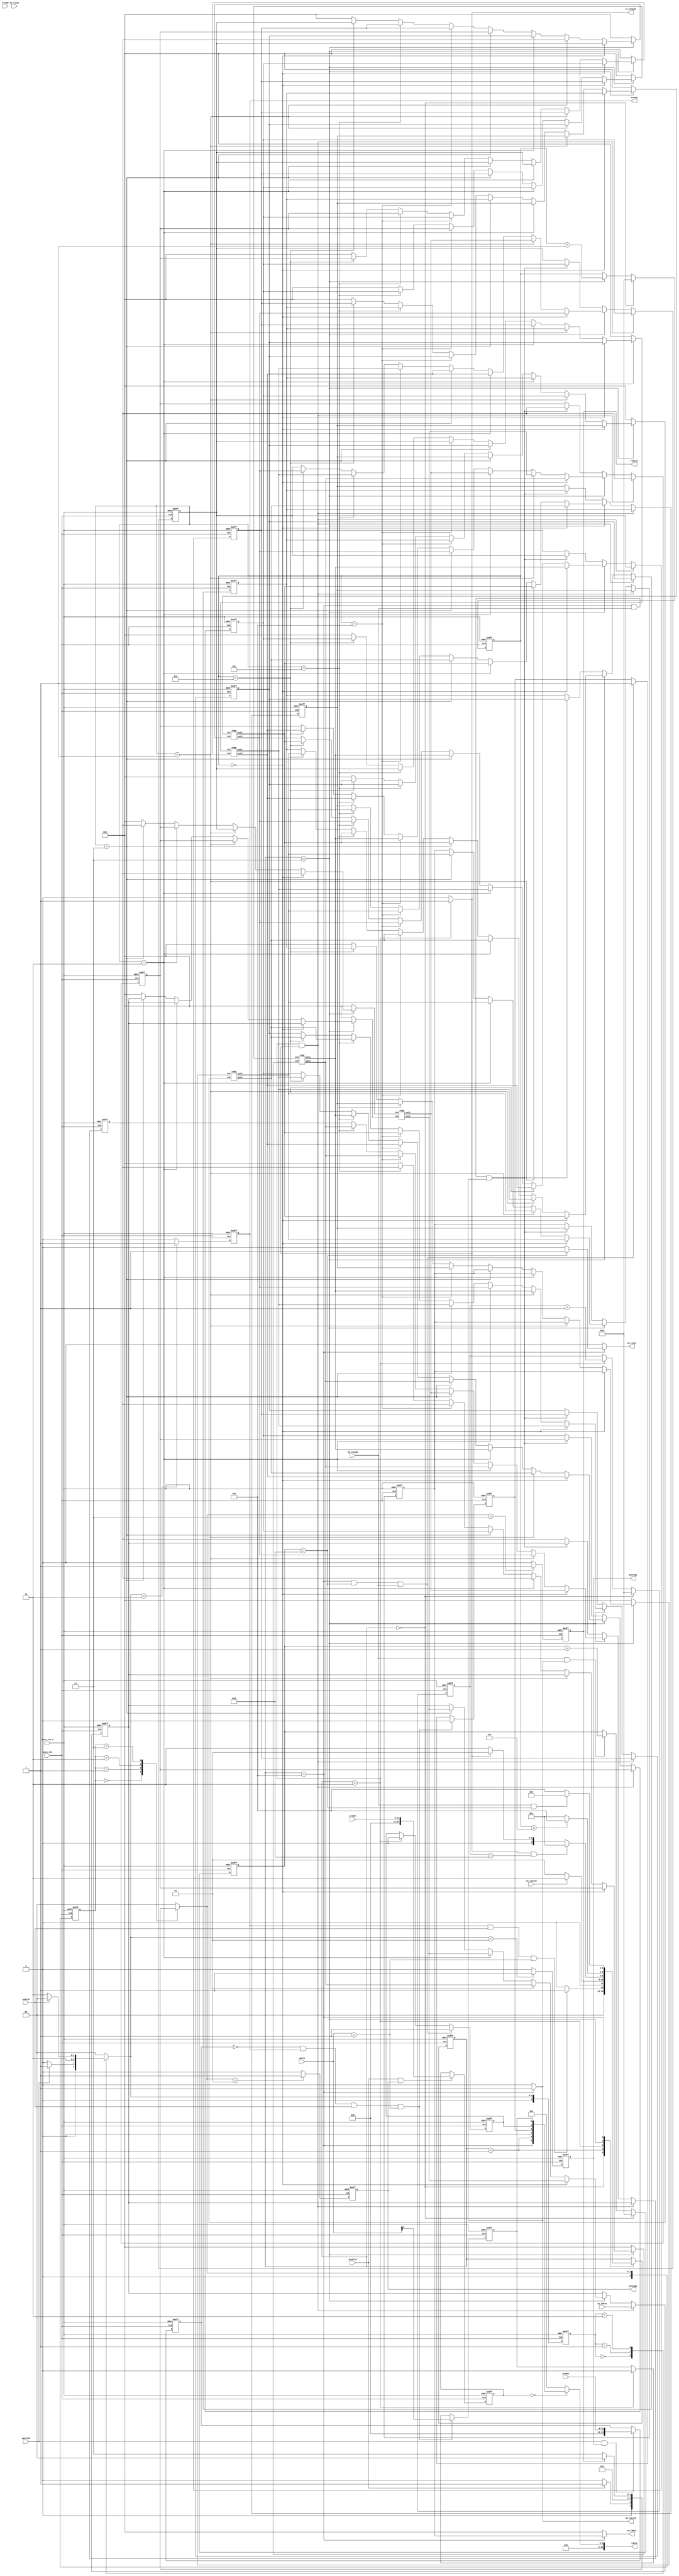
`timescale 1ns / 1ps
module qsort
#(  parameter pADDR_WIDTH = 12,
    parameter pDATA_WIDTH = 32
)
(
    // AXI-Lite
    // write
    output  reg                      awready,
    output  reg                      wready,
    input   wire                     awvalid,
    input   wire [(pADDR_WIDTH-1):0] awaddr,
    input   wire                     wvalid,
    input   wire [(pDATA_WIDTH-1):0] wdata,
    // read
    output  reg                      arready,
    input   wire                     rready,
    input   wire                     arvalid,
    input   wire [(pADDR_WIDTH-1):0] araddr,
    output  reg                      rvalid,
    output  reg  [(pDATA_WIDTH-1):0] rdata, 

    // AXI-Stream   
    // Input data
    input   wire                     ss_tvalid, 
    input   wire [(pDATA_WIDTH-1):0] ss_tdata, 
    input   wire                     ss_tlast, 
    output  reg                      ss_tready, 
    // Output data
    input   wire                     sm_tready, 
    output  reg                      sm_tvalid, 
    output  reg  [(pDATA_WIDTH-1):0] sm_tdata, 
    output  reg                      sm_tlast, 

    input   wire                     axis_clk,
    input   wire                     axis_rst_n
);

// block level signal (0x00)
reg ap_start, n_ap_start;
reg ap_idle, n_ap_idle;
reg ap_done, n_ap_done;
reg stream_in_ready, stream_out_ready;

// axi-lite read
localparam  AXI_READ_IDLE = 0,
            AXI_READ_ADDR = 1,
            AXI_READ_WAIT = 2,
            AXI_READ_DATA = 3;

// axi-lite write
localparam  AXI_WRITE_IDLE = 0,
            AXI_WRITE_ADDR = 1,
            AXI_WRITE_DATA = 2;

// Stream-In
reg n_ss_tready;

// AXI
reg [2:0] axi_read_state, n_axi_read_state;
reg [2:0] axi_write_state, n_axi_write_state;

integer i,j ,k;

// QSORT fsm
localparam  ST_IDLE = 0,
            ST_WAIT = 1,
            ST_SSIN = 2,
			ST_SORT = 3,
            ST_OUT  = 4;

reg [2:0] sort_state, n_sort_state;

reg [31:0] axiwaddr, axiraddr;
reg [31:0] data[9:0];

reg  [31:0] sort_in[9:0];
wire [31:0] sort_out[9:0];

reg [31:0] data0,data1,data2,data3,data4,data5,data6,data7,data8,data9;
reg [31:0] sort_in0,sort_in1,sort_in2,sort_in3,sort_in4,sort_in5,sort_in6,sort_in7,sort_in8,sort_in9;
reg [31:0] sort_out0,sort_out1,sort_out2,sort_out3,sort_out4,sort_out5,sort_out6,sort_out7,sort_out8,sort_out9;

reg [4:0] cnt_out;
reg [4:0] cnt_sort;
reg [4:0] cnt_in;

always @(posedge axis_clk or negedge axis_rst_n) begin
    if (!axis_rst_n) begin
        axiwaddr <= 0;
        axiraddr <= 0;
    end
    else begin
        axiwaddr <= (awvalid == 1 && awready == 1) ? awaddr :  axiwaddr;
        axiraddr <= (arvalid == 1 && arready == 1) ? araddr :  axiraddr;
    end
end


// ======================= AXI-Lite: Read ======================================
always @(*) begin
    case (axi_read_state)
        AXI_READ_IDLE:  n_axi_read_state = (arvalid == 1) ? AXI_READ_ADDR : AXI_READ_IDLE;
        AXI_READ_ADDR:  n_axi_read_state = AXI_READ_WAIT;
        AXI_READ_WAIT:  n_axi_read_state = AXI_READ_DATA;
        AXI_READ_DATA:  n_axi_read_state = (rvalid == 1) ? AXI_READ_IDLE : AXI_READ_DATA;
        default: n_axi_read_state = AXI_READ_IDLE;
    endcase
end


always @(posedge axis_clk or negedge axis_rst_n) begin
    if (!axis_rst_n) begin
        axi_read_state  <= AXI_READ_IDLE;
        arready <= 0;
        rvalid  <= 0;
    end else begin
        axi_read_state  <= n_axi_read_state;
        arready <= (n_axi_read_state == AXI_READ_ADDR) ? 1 : 0;
        rvalid  <= (n_axi_read_state == AXI_READ_DATA) ? 1 : 0;
    end
end

always @(*) begin
	case (axiraddr)
		'h00: rdata = {
			stream_out_ready,       // [5]
			stream_in_ready,        // [4]
			1'b0,                   // [3]
			ap_idle,                // [2]
			ap_done,                // [1]
			ap_start                // [0]
		};                          // block level signals
		default: rdata = 0;
	endcase
end

// ======================= AXI-Lite: Write ======================================
always @(*) begin
    case (axi_write_state)
        AXI_WRITE_IDLE: n_axi_write_state = (awvalid == 1) ? AXI_WRITE_ADDR : AXI_WRITE_IDLE;
        AXI_WRITE_ADDR: n_axi_write_state = AXI_WRITE_DATA;
        AXI_WRITE_DATA: n_axi_write_state = (wvalid == 1) ? AXI_WRITE_IDLE : AXI_WRITE_DATA;
        default: n_axi_write_state = AXI_WRITE_IDLE;
    endcase
end

always @(posedge axis_clk or negedge axis_rst_n) begin
    if (!axis_rst_n) begin
        axi_write_state  <= AXI_WRITE_IDLE;
        awready <= 0;
        wready  <= 0;
    end else begin
        axi_write_state  <= n_axi_write_state;
        awready <= (n_axi_write_state == AXI_WRITE_ADDR) ? 1 : 0;
        wready  <= (n_axi_write_state == AXI_WRITE_DATA) ? 1 : 0;
    end
end

// ======================= Stream-In ============================================
always @(*) begin
    if (sort_state == ST_SSIN)  ss_tready = 1;
    else                        ss_tready = 0;
end

// ======================= Stream-Out ===========================================
always @(*) begin
    if (sort_state == ST_OUT) begin
        sm_tvalid = 1;
        sm_tdata = data[0];
        sm_tlast = (cnt_out == 'd9) ? 1 : 0;
    end
    else begin
        sm_tvalid = 0;
        sm_tdata = 0;
        sm_tlast = 0;
    end
end


// ======================= Block level Signals ===================================
// ap_start
always @(*) begin
    if      (axiwaddr == 'h00 && wready == 1 && wvalid == 1 && wdata == 1)  n_ap_start = wdata;     // Host program ap_start = 1
    else if (sort_state == ST_SSIN)                                         n_ap_start = 0;         // Reset to 0, when 1st AXI-Stream handshake
    else                                                                    n_ap_start = ap_start;
end

// ap_idle
always @(*) begin
    if      (axiwaddr == 'h00 && wready == 1 && wvalid == 1 && wdata == 1)  n_ap_idle = 0;      // Host program ap_start = 1
    else if (sort_state == ST_OUT && cnt_out == 9 && sm_tready == 1)        n_ap_idle = 1;      // Reset to 1, when last data had axi-streamed out
    else                                                                    n_ap_idle = ap_idle;   
end

// ap_done
always @(*) begin
    if      (sort_state == ST_OUT && cnt_out == 9 && sm_tready == 1)   n_ap_done = 1;
    else if (sort_state == ST_SSIN)                                     n_ap_done = 0;
    else                                                                n_ap_done = ap_done;
end

// stream_in_ready, stream_out_ready
always @(*) begin
    stream_in_ready     = (sort_state == ST_WAIT);
    stream_out_ready    = (sort_state == ST_OUT);
end


always @(posedge axis_clk or negedge axis_rst_n) begin
    if (!axis_rst_n) begin
        ap_start    <= 0;
        ap_idle     <= 1;
        ap_done     <= 0;
    end else begin
        ap_start    <= n_ap_start;
        ap_idle     <= n_ap_idle;
        ap_done     <= n_ap_done;
    end
end

// ======================= SORT Engine ============================================
// output counter
always @(posedge axis_clk or negedge axis_rst_n) begin
    if (!axis_rst_n)    cnt_out <= 0;
    else begin
        if      (sort_state == ST_IDLE)             cnt_out <= 0;
        else if (sm_tready == 1 && sm_tvalid == 1)  cnt_out <= cnt_out + 1;
    end
end

//stream input counter
always @(posedge axis_clk or negedge axis_rst_n) begin
    if (!axis_rst_n)    cnt_in <= 0;
    else begin
        if      (sort_state == ST_IDLE)  cnt_in <= 0;
        else if (sort_state == ST_SSIN)  cnt_in <= cnt_in + 1;
    end
end

//sort counter
always @(posedge axis_clk or negedge axis_rst_n) begin
    if (!axis_rst_n)    cnt_sort <= 0;
    else begin
        if      (sort_state == ST_IDLE) cnt_sort <= 0;
        else if (sort_state == ST_SORT) cnt_sort <= cnt_sort + 1;
    end
end

always @(*)begin
	data0 <= data[0];
	data1 <= data[1];
	data2 <= data[2];
	data3 <= data[3];
	data4 <= data[4];
	data5 <= data[5];
	data6 <= data[6];
	data7 <= data[7];
	data8 <= data[8];
	data9 <= data[9];
	
	sort_in0 <= sort_in[0];
	sort_in1 <= sort_in[1];
	sort_in2 <= sort_in[2];
	sort_in3 <= sort_in[3];
	sort_in4 <= sort_in[4];
	sort_in5 <= sort_in[5];
	sort_in6 <= sort_in[6];
	sort_in7 <= sort_in[7];
	sort_in8 <= sort_in[8];
	sort_in9 <= sort_in[9];
	
	sort_out0 <= sort_out[0];
	sort_out1 <= sort_out[1];
	sort_out2 <= sort_out[2];
	sort_out3 <= sort_out[3];
	sort_out4 <= sort_out[4];
	sort_out5 <= sort_out[5];
	sort_out6 <= sort_out[6];
	sort_out7 <= sort_out[7];
	sort_out8 <= sort_out[8];
	sort_out9 <= sort_out[9];
end

always @(posedge axis_clk or negedge axis_rst_n) begin
    if (!axis_rst_n) begin
		for (i=0; i<10; i=i+1) begin
			data[i] <= 0;
		end
    end 
	else begin
        if(sort_state == ST_SSIN && ss_tready == 1)begin
			data[9] <= ss_tdata;
			for (i=0; i<9; i=i+1) begin
				data[i] <= data[i+1];
			end
		end
		else if(sort_state == ST_SORT)begin
			if(cnt_sort == 'd0)begin
				//[(0,1),(2,5),(3,6),(4,7),(8,9)]
                data[0] <= sort_out[0];
                data[1] <= sort_out[1];
                        
                data[2] <= sort_out[2];
                data[5] <= sort_out[3];
                        
                data[3] <= sort_out[4];
                data[6] <= sort_out[5];
                        
                data[4] <= sort_out[6];
                data[7] <= sort_out[7];
                        
                data[8] <= sort_out[8];
                data[9] <= sort_out[9];
            end
            else if(cnt_sort == 'd1)begin
                //[(0,6),(1,8),(2,4),(3,9),(5,7)]
                data[0] <= sort_out[0];
                data[6] <= sort_out[1];
                                  
                data[1] <= sort_out[2];
                data[8] <= sort_out[3];
                                  
                data[2] <= sort_out[4];
                data[4] <= sort_out[5];
                                  
                data[3] <= sort_out[6];
                data[9] <= sort_out[7];
                                  
                data[5] <= sort_out[8];
                data[7] <= sort_out[9];
            end 
            else if(cnt_sort == 'd2)begin
                //[(0,2),(1,3),(4,5),(6,8),(7,9)]
                data[0] <= sort_out[0];
                data[2] <= sort_out[1];
                                  
                data[1] <= sort_out[2];
                data[3] <= sort_out[3];
                                  
                data[4] <= sort_out[4];
                data[5] <= sort_out[5];
                                  
                data[6] <= sort_out[6];
                data[8] <= sort_out[7];
                                  
                data[7] <= sort_out[8];
                data[9] <= sort_out[9];
            end
            else if(cnt_sort == 'd3)begin
                //[(0,1),(2,7),(3,5),(4,6),(8,9)]
                data[0] <= sort_out[0];
                data[1] <= sort_out[1];
                                  
                data[2] <= sort_out[2];
                data[7] <= sort_out[3];
                                  
                data[3] <= sort_out[4];
                data[5] <= sort_out[5];
                                  
                data[4] <= sort_out[6];
                data[6] <= sort_out[7];
                                  
                data[8] <= sort_out[8];
                data[9] <= sort_out[9];
            end
            else if(cnt_sort == 'd4)begin
                //[(1,2),(3,4),(5,6),(7,8)]
                data[1] <= sort_out[0];
                data[2] <= sort_out[1];
				                  
                data[3] <= sort_out[2];
                data[4] <= sort_out[3];
                                  
                data[5] <= sort_out[4];
                data[6] <= sort_out[5];
                                  
                data[7] <= sort_out[6];
                data[8] <= sort_out[7];
            end         
            else if(cnt_sort == 'd5)begin
                //[(1,3),(2,4),(5,7),(6,8)]
                data[1] <= sort_out[0];
                data[3] <= sort_out[1];
				                  
                data[2] <= sort_out[2];
                data[4] <= sort_out[3];
                                  
                data[5] <= sort_out[4];
                data[7] <= sort_out[5];
                                  
                data[6] <= sort_out[6];
                data[8] <= sort_out[7];
            end         
            else if(cnt_sort == 'd6)begin
                //[(2,3),(4,5),(6,7)]
                data[2] <= sort_out[0];
                data[3] <= sort_out[1];
                                  
                data[4] <= sort_out[2];
                data[5] <= sort_out[3];
                                  
                data[6] <= sort_out[4];
                data[7] <= sort_out[5];
            end         
		end             
		else if(sort_state == ST_OUT && sm_tready == 1 && sm_tvalid == 1)begin
			for (i=0; i<9; i=i+1) begin
				data[i] <= data[i+1];
			end         
		end
    end
end

always @(*) begin
	sort_in[0] = 0;
    sort_in[1] = 0;
    sort_in[2] = 0;
    sort_in[3] = 0;
    sort_in[4] = 0;
    sort_in[5] = 0;
    sort_in[6] = 0;
    sort_in[7] = 0;
    sort_in[8] = 0;
    sort_in[9] = 0;
	
    if(sort_state == ST_SORT)begin
		if(cnt_sort == 'd0)begin
			//[(0,1),(2,5),(3,6),(4,7),(8,9)]
            sort_in[0] = data[0];
            sort_in[1] = data[1];
		   
            sort_in[2] = data[2];
            sort_in[3] = data[5];
		   
            sort_in[4] = data[3];
            sort_in[5] = data[6];
		   
            sort_in[6] = data[4];
            sort_in[7] = data[7];
		   
            sort_in[8] = data[8];
            sort_in[9] = data[9];
        end
        else if(cnt_sort == 'd1)begin
            //[(0,6),(1,8),(2,4),(3,9),(5,7)]
            sort_in[0] = data[0];
            sort_in[1] = data[6];
		   
            sort_in[2] = data[1];
            sort_in[3] = data[8];
		   
            sort_in[4] = data[2];
            sort_in[5] = data[4];
		   
            sort_in[6] = data[3];
            sort_in[7] = data[9];
		   
            sort_in[8] = data[5];
            sort_in[9] = data[7];
        end 
        else if(cnt_sort == 'd2)begin
            //[(0,2),(1,3),(4,5),(6,8),(7,9)]
            sort_in[0] = data[0];
            sort_in[1] = data[2];
                       
            sort_in[2] = data[1];
            sort_in[3] = data[3];
                       
            sort_in[4] = data[4];
            sort_in[5] = data[5];
                       
            sort_in[6] = data[6];
            sort_in[7] = data[8];
                       
            sort_in[8] = data[7];
            sort_in[9] = data[9];
        end
        else if(cnt_sort == 'd3)begin
            //[(0,1),(2,7),(3,5),(4,6),(8,9)]
            sort_in[0] = data[0];
            sort_in[1] = data[1];
	          
            sort_in[2] = data[2];
            sort_in[3] = data[7];
	          
            sort_in[4] = data[3];
            sort_in[5] = data[5];
	          
            sort_in[6] = data[4];
            sort_in[7] = data[6];
	          
            sort_in[8] = data[8];
            sort_in[9] = data[9];
        end
        else if(cnt_sort == 'd4)begin
            //[(1,2),(3,4),(5,6),(7,8)]
            sort_in[0] = data[1];
            sort_in[1] = data[2];
                       
            sort_in[2] = data[3];
            sort_in[3] = data[4];
                       
            sort_in[4] = data[5];
            sort_in[5] = data[6];
                       
            sort_in[6] = data[7];
            sort_in[7] = data[8];
        end            
        else if(cnt_sort == 'd5)begin
            //[(1,3),(2,4),(5,7),(6,8)]
            sort_in[0] = data[1];
            sort_in[1] = data[3];
                       
            sort_in[2] = data[2];
            sort_in[3] = data[4];
                       
            sort_in[4] = data[5];
            sort_in[5] = data[7];
                       
            sort_in[6] = data[6];
            sort_in[7] = data[8];
        end            
        else if(cnt_sort == 'd6)begin
            //[(2,3),(4,5),(6,7)]
            sort_in[0] = data[2];
            sort_in[1] = data[3];
                       
            sort_in[2] = data[4];
            sort_in[3] = data[5];
                       
            sort_in[4] = data[6];
            sort_in[5] = data[7];
        end          
    end                   
end                        
                           
comp comp1(.in1(sort_in[0]), .in2(sort_in[1]), .out1(sort_out[0]), .out2(sort_out[1]));
comp comp2(.in1(sort_in[2]), .in2(sort_in[3]), .out1(sort_out[2]), .out2(sort_out[3]));
comp comp3(.in1(sort_in[4]), .in2(sort_in[5]), .out1(sort_out[4]), .out2(sort_out[5]));
comp comp4(.in1(sort_in[6]), .in2(sort_in[7]), .out1(sort_out[6]), .out2(sort_out[7]));
comp comp5(.in1(sort_in[8]), .in2(sort_in[9]), .out1(sort_out[8]), .out2(sort_out[9]));


// SORT fsm
always @(*) begin
    case (sort_state)
        ST_IDLE:   n_sort_state = (wready == 1 && wvalid == 1 && wdata == 1) ?  ST_WAIT : ST_IDLE;
        ST_WAIT:   n_sort_state = (ss_tvalid == 1) ? ST_SSIN : ST_WAIT;     // wait for Stream-In data
        ST_SSIN:begin
			if(ss_tready == 1 && cnt_in == 'd9)  n_sort_state = ST_SORT; // Get Stream-In data
			else if(ss_tready == 1)              n_sort_state = ST_WAIT;
			else                                 n_sort_state = ST_SSIN;
        end
		ST_SORT:   n_sort_state = (cnt_sort == 'd7) ? ST_OUT  : ST_SORT;     // SORT
        ST_OUT: begin
            if      (sm_tready == 1 &  cnt_out == 'd9)  n_sort_state = ST_IDLE; // reset
            else                                        n_sort_state = ST_OUT;  // wait for handshake
        end
        default: n_sort_state = sort_state;
    endcase
end

always @(posedge axis_clk or negedge axis_rst_n) begin
    if (!axis_rst_n)    sort_state   <= ST_IDLE;
    else                sort_state   <= n_sort_state;
end

endmodule

module comp(
    input wire [31:0] in1,
    input wire [31:0] in2,
    output wire [31:0] out1,
    output wire [31:0] out2
);

assign out1 = (in1 > in2) ? in2 : in1;
assign out2 = (in1 > in2) ? in1 : in2;

endmodule